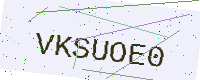
Text: VKSUOE0